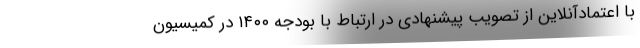
با اعتمادآنلاین از تصویب پیشنهادی در ارتباط با بودجه ۱۴۰۰ در کمیسیون